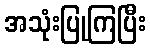
အသုံးပြုကြပြီး